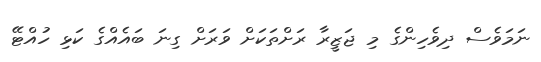
ނަމަވެސް ދިވެހިންގެ މި ޖަޒީރާ ރަށްތަކަށް ވަރަށް ގިނަ ބައެއްގެ ކަޅި ހުއްޓޭ